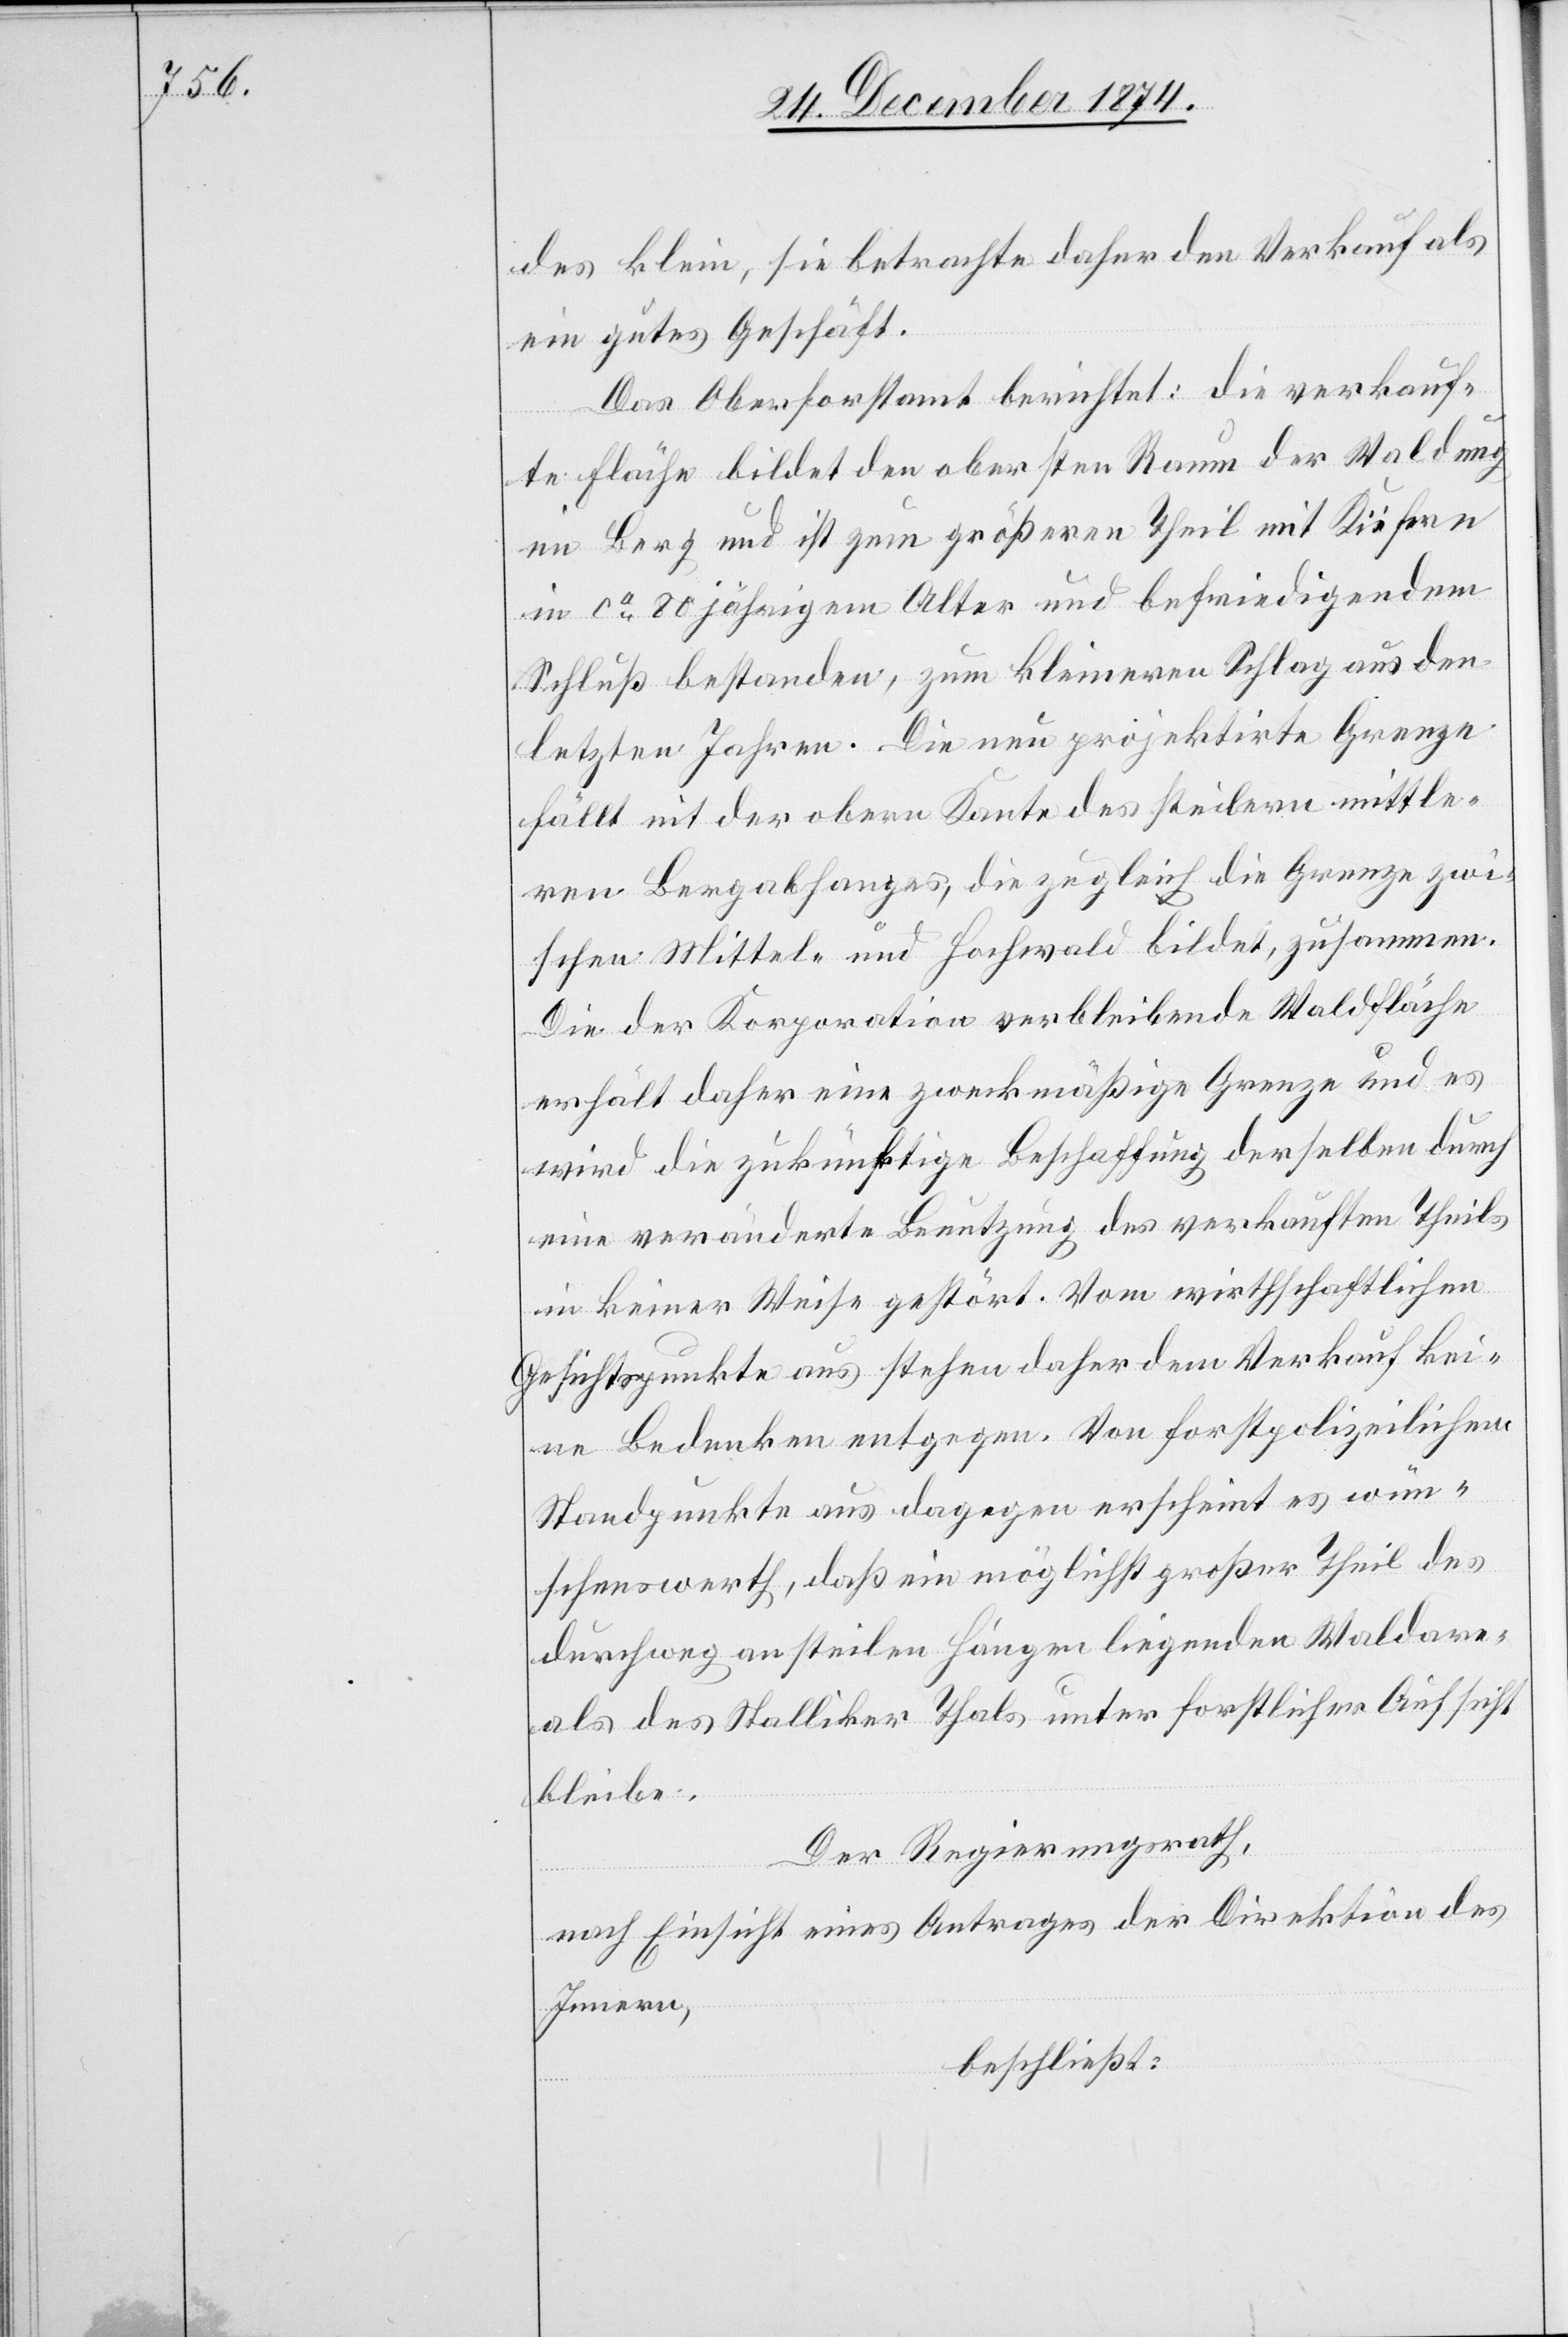
des klein, sie betrachte daher den Verkauf als
ein gutes Geschäft.
Das Oberforstamt berichtet: die verkauf¬
te Fläche bildet den obersten Raum der Waldung
im Berg und ist zum größeren Theil mit Kiefern
in ca 80 jährigem Alter und befriedigendem
Schluß bestanden, zum kleineren Schlag aus den
letzten Jahren. Die neu projektirte Grenze
fällt mit der obern Kante des steilern mittle¬
ren Bergabhanges, die zugleich die Grenze zwi¬
schen Mittel- und Hochwald bildet, zusammen.
Die der Korporation verbleibende Waldfläche
erhält daher eine zweckmäßige Grenze und es
wird die zukünftige Beschaffung derselben durch
eine veränderte Benutzung des verkauften Theils
in keiner Weise gestört. Vom wirthschaftlichen
Gesichtspunkte aus stehen daher dem Verkauf kei¬
ne Bedenken entgegen. Von forstpolizeilichem
Standpunkte aus dagegen erscheint es wün¬
schenswerth, daß ein möglichst großer Theil des
durchweg an steilen Hängen liegenden Waldare¬
als des Stalliker Thals unter forstlicher Aufsicht
bleibe.
Der Regierungsrath,
nach Einsicht eines Antrages der Direktion des
Innern,
beschließt: